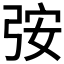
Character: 𮱷